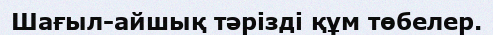
Шағыл-айшық тәрізді құм төбелер.